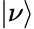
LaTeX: |\nu\rangle